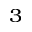
_ { 3 }